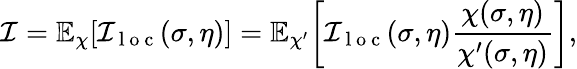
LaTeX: \mathcal{I}=\mathbb{E}_{\chi}[\mathcal{I}_{\mathrm{~l~o~c~}}(\sigma,\eta)]=\mathbb{E}_{\chi^{\prime}}\bigg[\mathcal{I}_{\mathrm{~l~o~c~}}(\sigma,\eta)\frac{\chi(\sigma,\eta)}{\chi^{\prime}(\sigma,\eta)}\bigg],